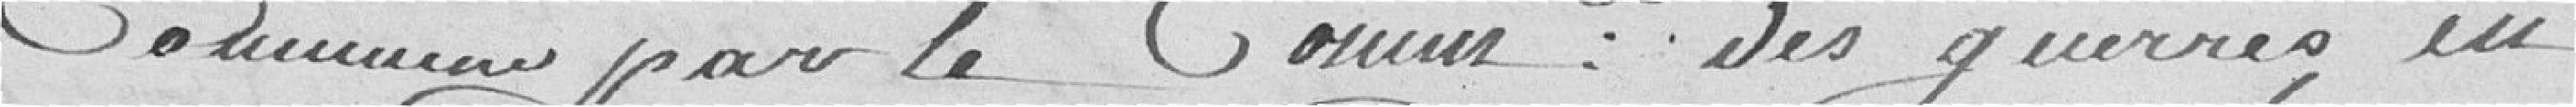
Commune par le Commissaire des guerres, en